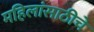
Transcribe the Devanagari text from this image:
महिलांसाठीचे